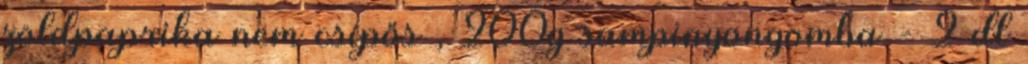
zöldpaprika nem csípős , 200g sampinyongomba - 2 dl